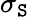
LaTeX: \sigma_{\mathtt{S}}